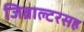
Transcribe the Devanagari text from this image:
जिब्राल्टरसह